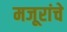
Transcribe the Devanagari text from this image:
मजूरांचे